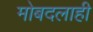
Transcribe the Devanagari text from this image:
मोबदलाही